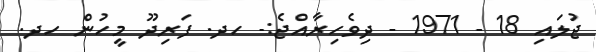
ޖުލައި 18 - 1971 - ދިވެހިރާއްޖެ:- ހދ. ފަރިދޫ މީހުން ހދ.